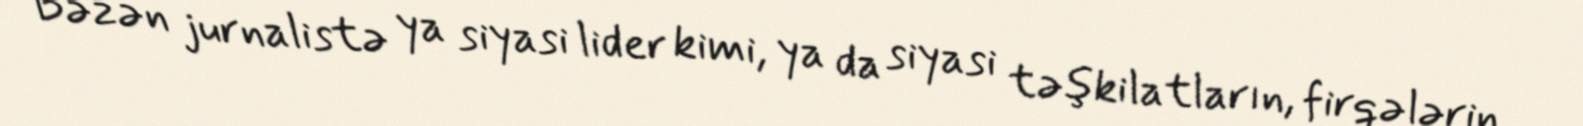
Bəzən jurnalistə ya siyasi lider kimi, ya da siyasi təşkilatların, firqələrin